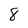
Character: 8